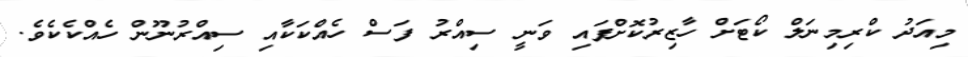
މިއަދު ކްރިމިނަލް ކޯޓަށް ހާޒިރުކޮށްފައި ވަނީ ސިއްރު ފަސް ހެއްކަކާއި ސިއްރުނޫން ހެއްކެކެވެ.